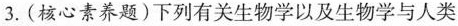
3.(核心素养题)下列有关生物学以及生物学与人类